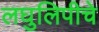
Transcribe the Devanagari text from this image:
लघुलिपीचे